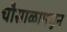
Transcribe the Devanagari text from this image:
चौसाळामधुन